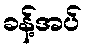
ခန့်အပ်